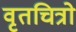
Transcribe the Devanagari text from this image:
वृतचित्रो